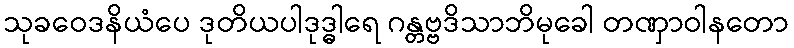
သုခဝေဒနိယံပေ ဒုတိယပါဒုဒ္ဓါရေ ဂန္တဗ္ဗဒိသာဘိမုခေါ တဏှာဝါနတော